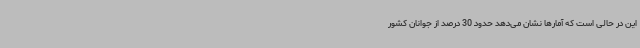
این در حالی است که آمارها نشان می‌دهد حدود 30 درصد از جوانان کشور